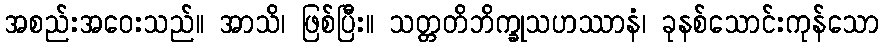
အစည်းအဝေးသည်။ အာသိ၊ ဖြစ်ပြီး။ သတ္တတိဘိက္ခုသဟဿာနံ၊ ခုနစ်သောင်းကုန်သော